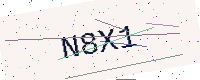
Text: N8X1